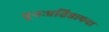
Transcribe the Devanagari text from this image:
पुनःप्रतिष्ठापना